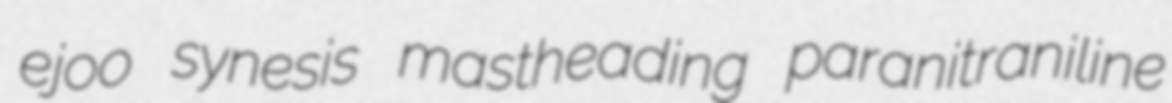
ejoo synesis mastheading paranitraniline